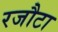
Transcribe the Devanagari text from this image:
रजौटा